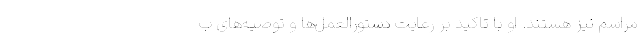
مراسم نیز هستند. او با تاکید بر رعایت دستورالعمل‌ها و توصیه‌های ب